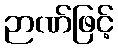
ဉာဏ်ဖြင့်